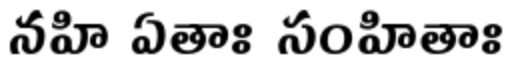
నహి ఏతాః సంహితాః